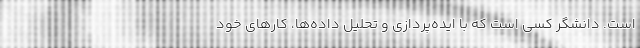
است. دانشگر کسی است که با ایده‌پردازی و تحلیل داده‌ها، کارهای خود